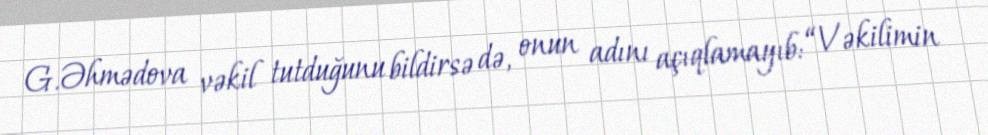
G.Əhmədova vəkil tutduğunu bildirsə də, onun adını açıqlamayıb: “Vəkilimin